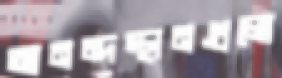
আনন্দস্থানগুলো